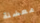
معضلة